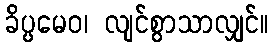
ခိပ္ပမေဝ၊ လျင်စွာသာလျှင်။